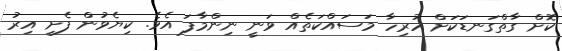
ކޮށް ގާތްގަނޑަކަށް ހުރިހާ މަސައްކަތެއް ވަނީ ނިންމާފަ އެވެ. ކިޔެވުން ފެށި އިރު